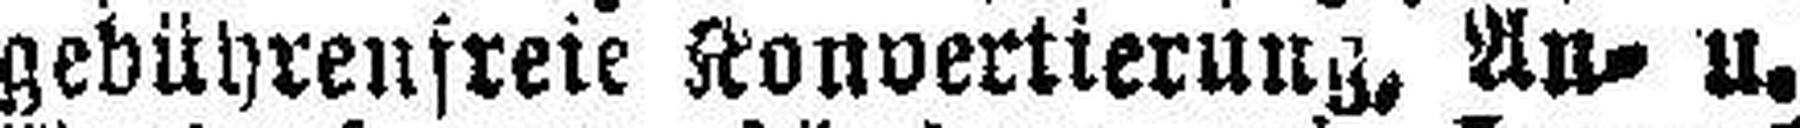
gebührenfreie Konvertierung, An- u.